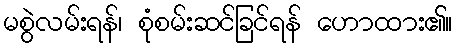
မစွဲလမ်းရန်၊ စုံစမ်းဆင်ခြင်ရန် ဟောထား၏။